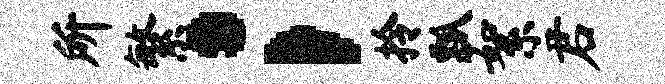
所繁；拎瓢絮君